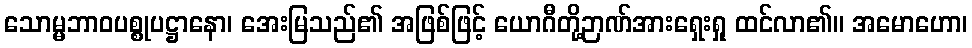
သောမ္မဘာဝပစ္စုပဋ္ဌာနော၊ အေးမြသည်၏ အဖြစ်ဖြင့် ယောဂီတို့ဉာဏ်အားရှေးရှု ထင်လာ၏။ အမောဟော၊